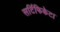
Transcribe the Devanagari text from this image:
सर्टिफिकेट।